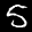
Label: 5